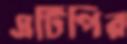
এটিপির